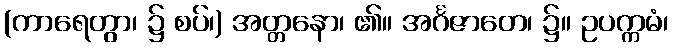
(ကာရေတွာ၊ ၌ စပ်၊) အတ္တနော၊ ၏။ အင်္ဂဇာတေ၊ ၌။ ဥပက္ကမံ၊